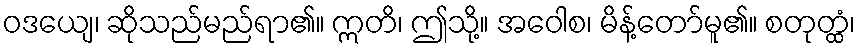
ဝဒယျေ၊ ဆိုသည်မည်ရာ၏။ ဣတိ၊ ဤသို့။ အဝေါစ၊ မိန့်တော်မူ၏။ စတုတ္ထံ၊